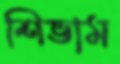
শিভাম